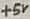
Text: +5V